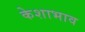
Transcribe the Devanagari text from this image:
केशाभाव